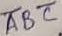
Text: ABC